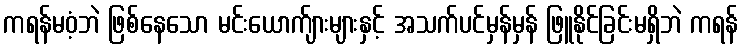
ကရန်မဝံ့ဘဲ ဖြစ်နေသော မင်းယောက်ျားများနှင့် အသက်ပင်မှန်မှန် ဖြူနိုင်ခြင်းမရှိဘဲ ကရန်